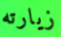
زيارته